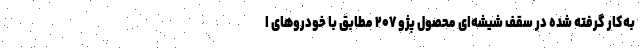
به‌کار گرفته شده در سقف شیشه‌ای محصول پژو ۲۰۷ مطابق با خودروهای ا